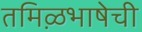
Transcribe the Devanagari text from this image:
तमिऴभाषेची